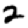
Digit: 2